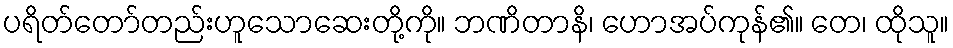
ပရိတ်တော်တည်းဟူသောဆေးတို့ကို။ ဘဏိတာနိ၊ ဟောအပ်ကုန်၏။ တေ၊ ထိုသူ။